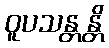
ဝူပသန္တန္တိ